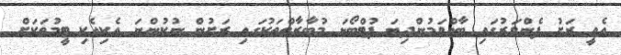
އެއީ ރަށު ފެންވަރުގައި ބާއްވަމުންދިޔަ ފުޓްބޯޅަ މުބާރާތްތަކުގައި ރަށުން ނުކުންނަ އެކިއެކި ޓީމުތަކަށް